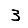
Digit: 3